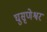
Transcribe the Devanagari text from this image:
घुसृणेश्वर